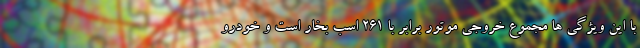
با این ویژگی ها مجموع خروجی موتور برابر با 261 اسب بخار است و خودرو